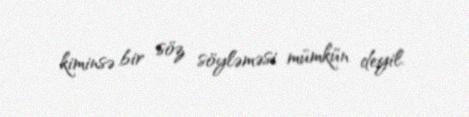
kiminsə bir söz söyləməsi mümkün deyil.